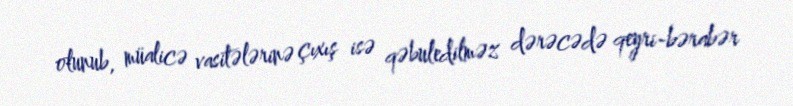
olunub, müalicə vasitələrinə çıxış isə qəbuledilməz dərəcədə qeyri-bərabər